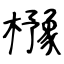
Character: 櫲